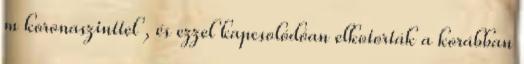
m koronaszinttel , és ezzel kapcsolódóan elkotorták a korábban